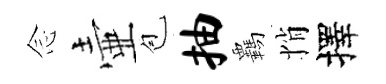
𫝹壷苞抽覊悄擇